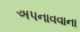
અપનાવવાના